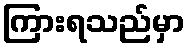
ကြားရသည်မှာ